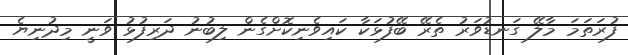
ފުރަތަމަ މާލޭ ގަނޑުވަރު ތެރޭ ބޭފުޅަކާ ކައިވެނިކޮށްގެން ލިބުނު ދަރިފުޅު ވަނީ މިދުނިޔެ